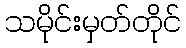
သမိုင်းမှတ်တိုင်